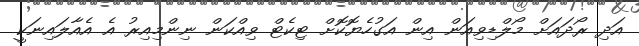
އަދި ރޯދައަށް މޯލްޑިވިއަން އިން އަގުހެޔޮކޮށް ޓިކެޓް ވިއްކަން ނިންމިއިރު އެ އެއާލައިނަކީ